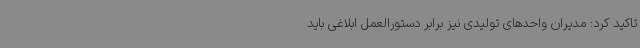
تاکید کرد: مدیران واحدهای تولیدی نیز برابر دستورالعمل ابلاغی باید